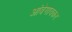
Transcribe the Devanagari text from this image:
आंबेगावकर